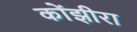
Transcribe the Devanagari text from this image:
कोंझीरा